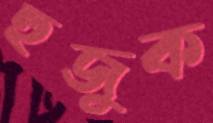
হুজুক